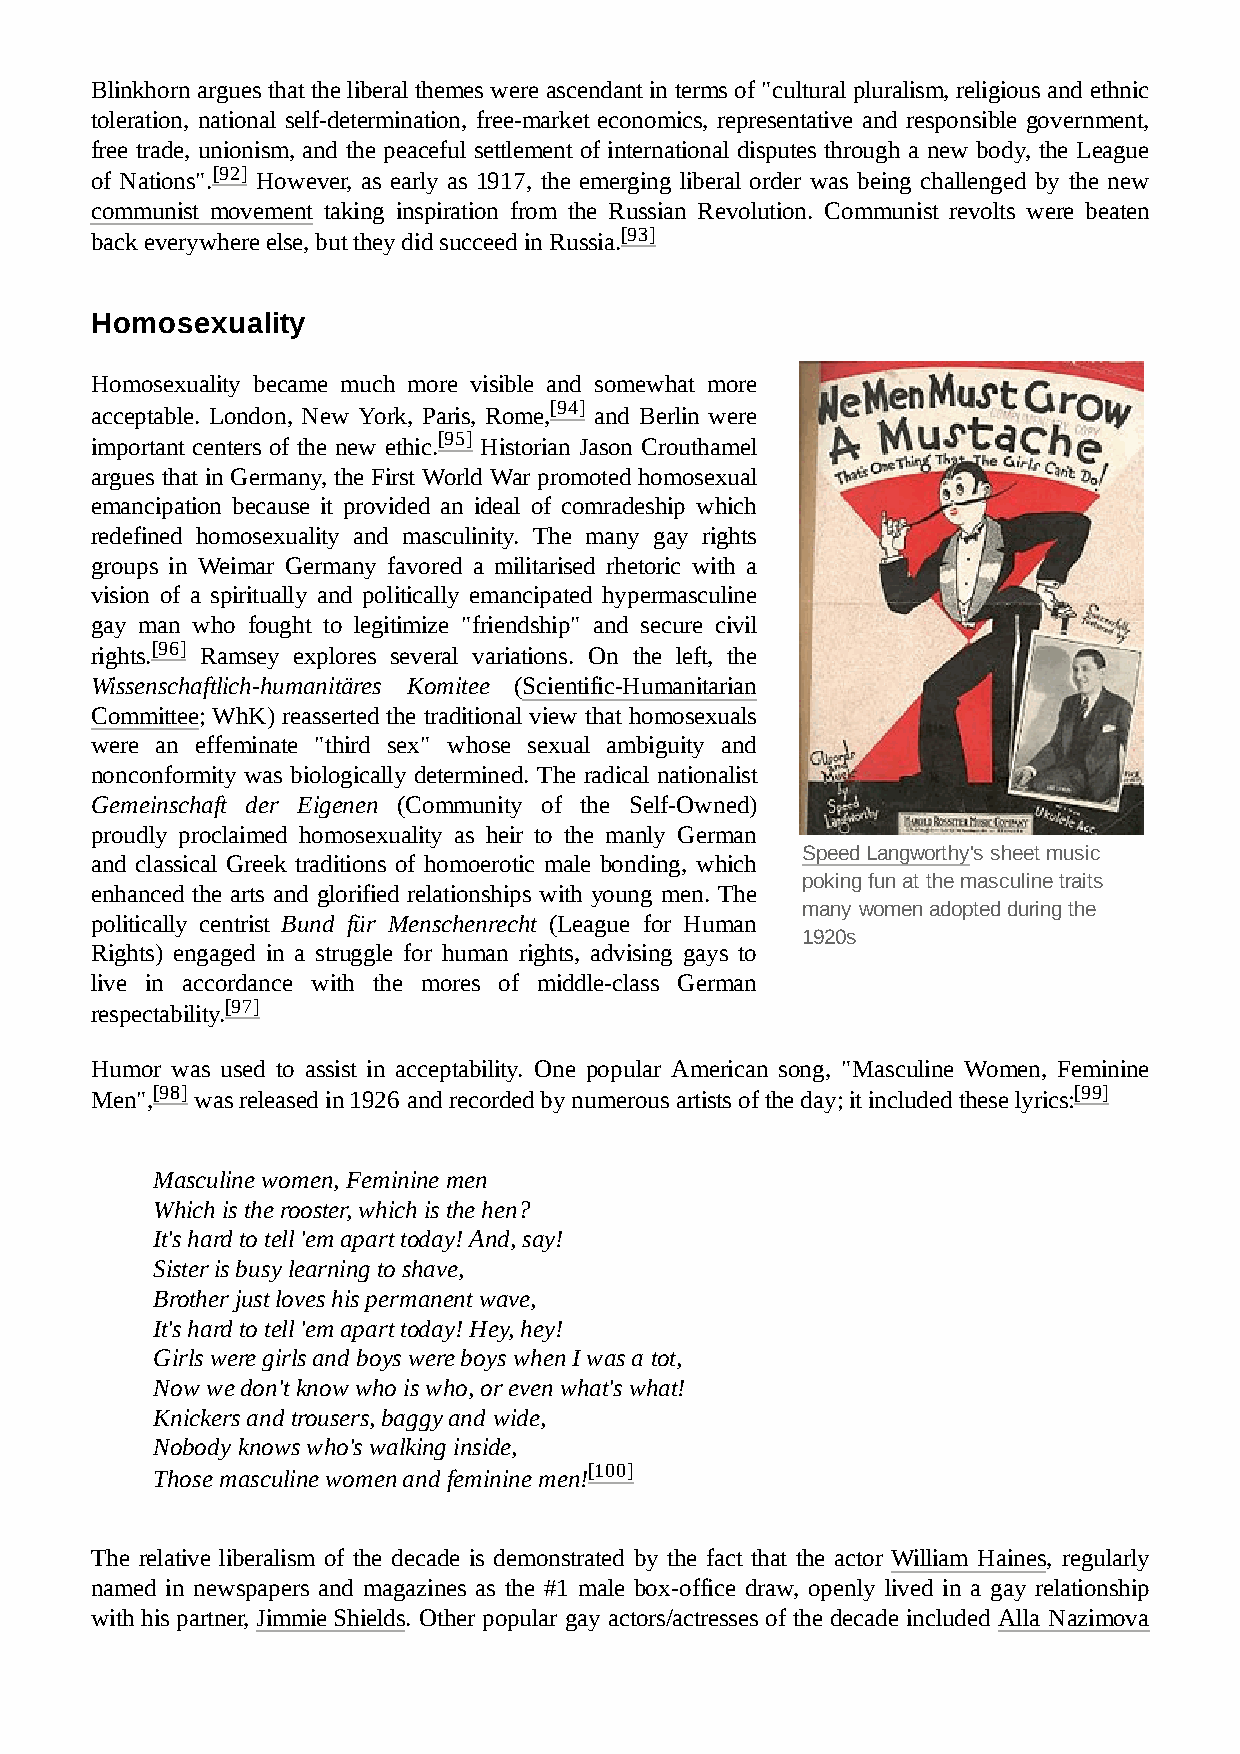
Blinkhorn argues that the liberal themes were ascendant in terms of "cultural pluralism, religious and ethnic
 toleration, national self-determination, free-market economics, representative and responsible government,
 free trade, unionism, and the peaceful settlement of international disputes through a new body, the League
 of Nations".[92] However, as early as 1917, the emerging liberal order was being challenged by the new
 communist movement taking inspiration from the Russian Revolution. Communist revolts were beaten
 back everywhere else, but they did succeed in Russia.[93]
 Homosexuality
 Homosexuality became much more visible and somewhat more
 acceptable. London, New York, Paris, Rome,[94] and Berlin were
 important centers of the new ethic.[95] Historian Jason Crouthamel
 argues that in Germany, the First World War promoted homosexual
 emancipation because it provided an ideal of comradeship which
 redefined homosexuality and masculinity. The many gay rights
 groups in Weimar Germany favored a militarised rhetoric with a
 vision of a spiritually and politically emancipated hypermasculine
 gay man who fought to legitimize "friendship" and secure civil
 rights.[96] Ramsey explores several variations. On the left, the
 Wissenschaftlich-humanitäres Komitee (Scientific-Humanitarian
 Committee; WhK) reasserted the traditional view that homosexuals
 were an effeminate "third sex" whose sexual ambiguity and
 nonconformity was biologically determined. The radical nationalist
 Gemeinschaft der Eigenen (Community of the Self-Owned)
 proudly proclaimed homosexuality as heir to the manly German
 Speed Langworthy's sheet music
 and classical Greek traditions of homoerotic male bonding, which
 poking fun at the masculine traits
 enhanced the arts and glorified relationships with young men. The
 many women adopted during the
 politically centrist Bund für Menschenrecht (League for Human
 1920s
 Rights) engaged in a struggle for human rights, advising gays to
 live in accordance with the mores of middle-class German
 respectability.[97]
 Humor was used to assist in acceptability. One popular American song, "Masculine Women, Feminine
 Men",[98] was released in 1926 and recorded by numerous artists of the day; it included these lyrics:[99]
 Masculine women, Feminine men
 Which is the rooster, which is the hen?
 It's hard to tell 'em apart today! And, say!
 Sister is busy learning to shave,
 Brother just loves his permanent wave,
 It's hard to tell 'em apart today! Hey, hey!
 Girls were girls and boys were boys when I was a tot,
 Now we don't know who is who, or even what's what!
 Knickers and trousers, baggy and wide,
 Nobody knows who's walking inside,
 Those masculine women and feminine men![100]
 The relative liberalism of the decade is demonstrated by the fact that the actor William Haines, regularly
 named in newspapers and magazines as the #1 male box-office draw, openly lived in a gay relationship
 with his partner, Jimmie Shields. Other popular gay actors/actresses of the decade included Alla Nazimova